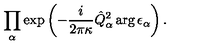
\prod _ { \alpha } \exp \left( - \frac { i } { 2 \pi \kappa } \hat { Q } _ { \alpha } ^ { 2 } \arg \epsilon _ { \alpha } \right) .